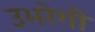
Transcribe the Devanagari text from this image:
उभरेगी